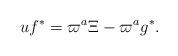
LaTeX: \begin{align*}u f^{*} = \varpi^{a} \Xi - \varpi^{a} g^{*}.\end{align*}